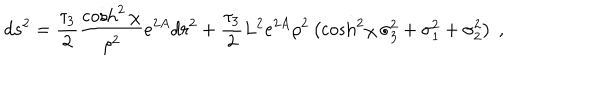
d s ^ { 2 } = { \frac { \tau _ { 3 } } { 2 } } { \frac { \cosh ^ { 2 } \chi } { \rho ^ { 2 } } } e ^ { 2 A } d r ^ { 2 } + { \frac { \tau _ { 3 } } { 2 } } { L ^ { 2 } } { e ^ { 2 A } } \rho ^ { 2 } \left( { \cosh ^ { 2 } \! \chi } \, \sigma _ { 3 } ^ { 2 } + \sigma _ { 1 } ^ { 2 } + \sigma _ { 2 } ^ { 2 } \right) \ ,